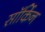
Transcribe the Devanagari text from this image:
सॉर्किन